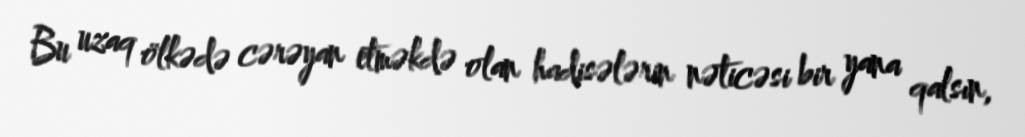
Bu uzaq ölkədə cərəyan etməkdə olan hadisələrin nəticəsi bir yana qalsın,